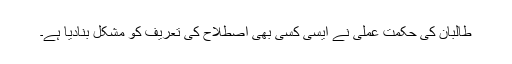
طالبان کی حکمت عملی نے ایسی کسی بھی اصطلاح کی تعریف کو مشکل بنادیا ہے۔